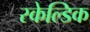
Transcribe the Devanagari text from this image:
स्केल्डिक